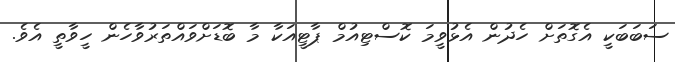
ސަބަބަކީ އެގޮތަށް ހެދުން އެޅުވީމަ ކޮސްޓިއުމް ޕާޓީއަކާ މާ ބޮޑަށްވައްތަރުވާހެން ހީވާތީ އެވެ.